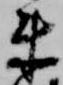
来